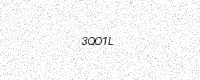
Text: 3QO1L